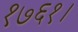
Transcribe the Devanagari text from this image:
१७६१।